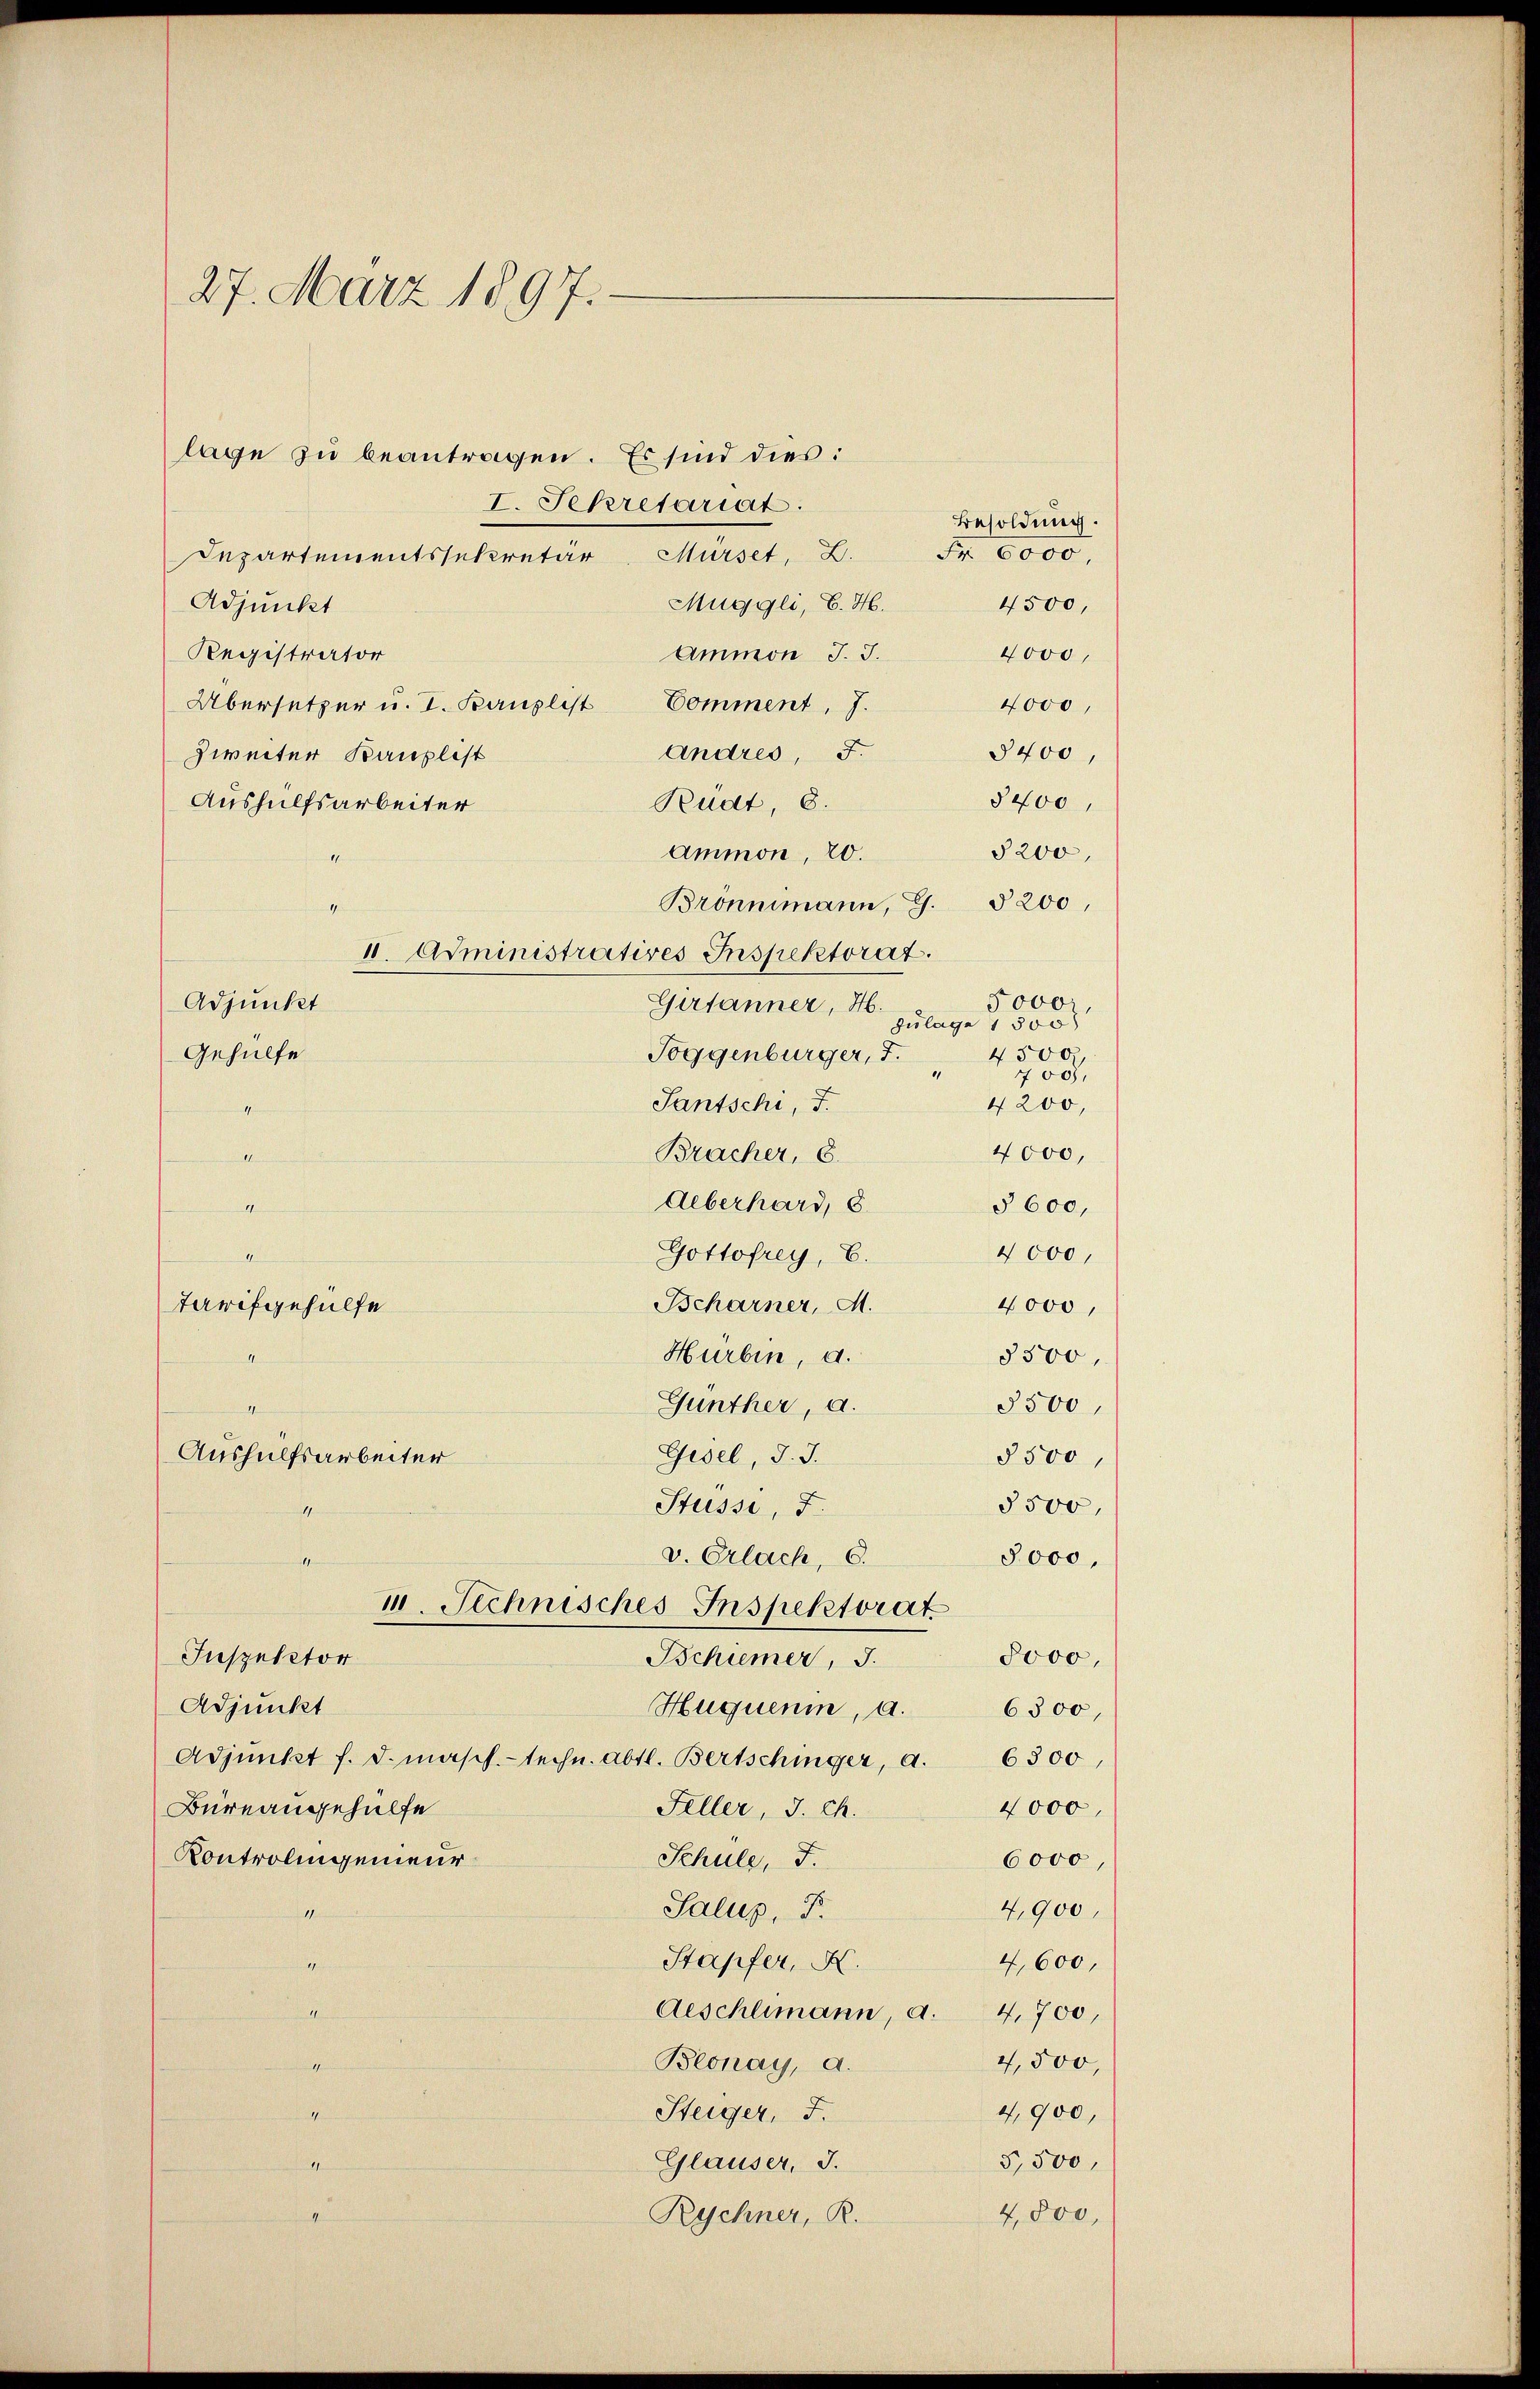
27. März 1897.

lage zu beantragen. Es sind dies:
I. Sekretariat.
Departementssekretär Mürset, 2. Fr. 6000.
Muggli, B. H.
Adjunkt
Ammon J. J.
Registrator
Übersetzer u. I. Kanzlist Comment, J.
Andres, F.
Zweiter Kanzlist
Aushülfsarbeiter
Rudt, 8.
§200,
Ammon, 20.
Brönnimann, G. § 200,
h
II. Administratives Inspektorat.
Adjunkt
Gertanner, H.
Zulage 1300
Toggenburger, 7.
Gehülfe
“
700,
Santschi, I.
4200,
.
4000,
Bracher, 6.
d
Aeberhard, 8.
§ 600,
h
4000,
Gottofrey, C.
1
Scharner, M.
4000,
Tarifgehülfe
Hurbin, d.
5300,
n
3500
Günther, a.
2
Aushülfsarbeiter
Gisel, d. J.
§500,
5500.
Stüssi,
mithin
v. Erlach, C.
8000.
itchie
1. Technisches Inspektorat
Inspector
8000,
Schiener, J.
Adjunkt
Huqueni, a.
6300,
Adjunkt f. d. masch.-techn. Abtl. Bertschinger, a. 6300,
Feller, J. Ch.
4000.
Büreangehülfe
Kontrolingenieur
Schule, F.
6000,
Salus, P.
4,900,
4,600,
Stapfer, K.

Aeschlimann, a. 4,700,
4,500,
Beonay, a.
e
4,900,
Steiger, d.
u
5,500,
Glauser, J.
21
4,800,
Rychner, R.
n

Besoldung
4500,
4000,
4000

5000,
4500

3400
8400,